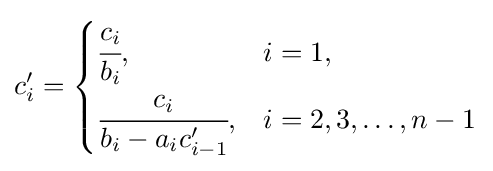
c'_{i}={\begin{cases}{\cfrac {c_{i}}{b_{i}}},&i=1,\\{\cfrac {c_{i}}{b_{i}-a_{i}c'_{i-1}}},&i=2,3,\dots ,n-1\end{cases}}